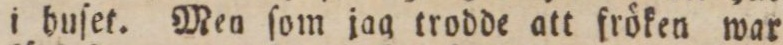
i huſet. Men ſom jag trodde att fröken war